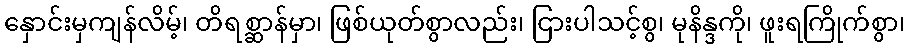
နှောင်းမှကျန်လိမ့်၊ တိရစ္ဆာန်မှာ၊ ဖြစ်ယုတ်စွာလည်း၊ ငြားပါသင့်စွ၊ မုနိန္ဒကို၊ ဖူးရကြိုက်စွာ၊